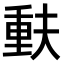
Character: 𫯳